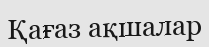
Қағаз ақшалар